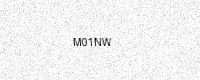
Text: M01NW